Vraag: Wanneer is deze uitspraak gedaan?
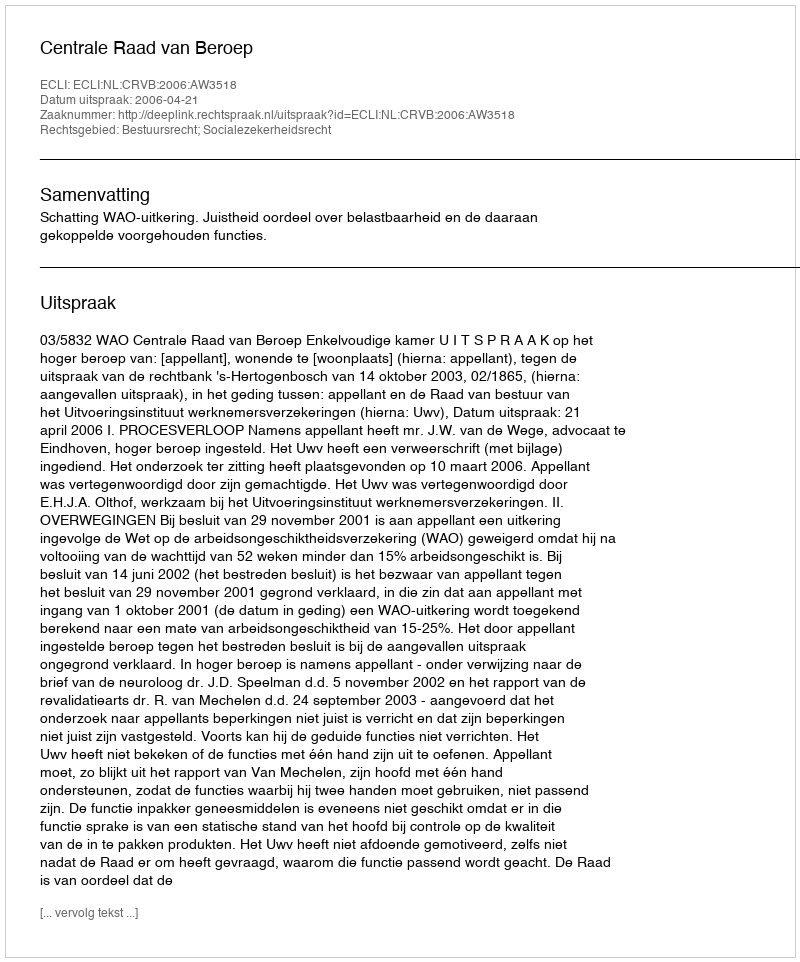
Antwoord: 2006-04-21